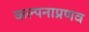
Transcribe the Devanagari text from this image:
कल्पनाप्रणव